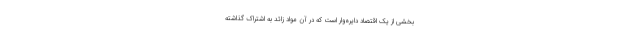
بخشی از یک اقتصاد دایره‌وار است که در آن مواد زائد به اشتراک گذاشته